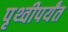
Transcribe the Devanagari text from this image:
पृथ्वीपर्यंत